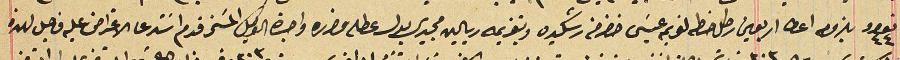
نومرو ٤٤ بلزوم اعطا اربعين رطل حنطة لفريم عيسَى خضر من رشكيده وتغريمه ريالين مجيدي بدل عطله وضرره واجرة الوكيل المسَمى قدم اسَتدعا الاعتراض عليه فاحيل لهذه